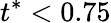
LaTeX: t^{*}<0.75